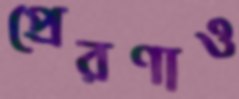
প্রেরণাও